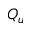
Q _ { u }